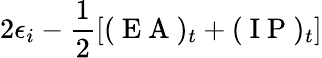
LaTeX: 2\epsilon_{i}-\frac{1}{2}[(\mathrm{~E~A~})_{t}+(\mathrm{~I~P~})_{t}]